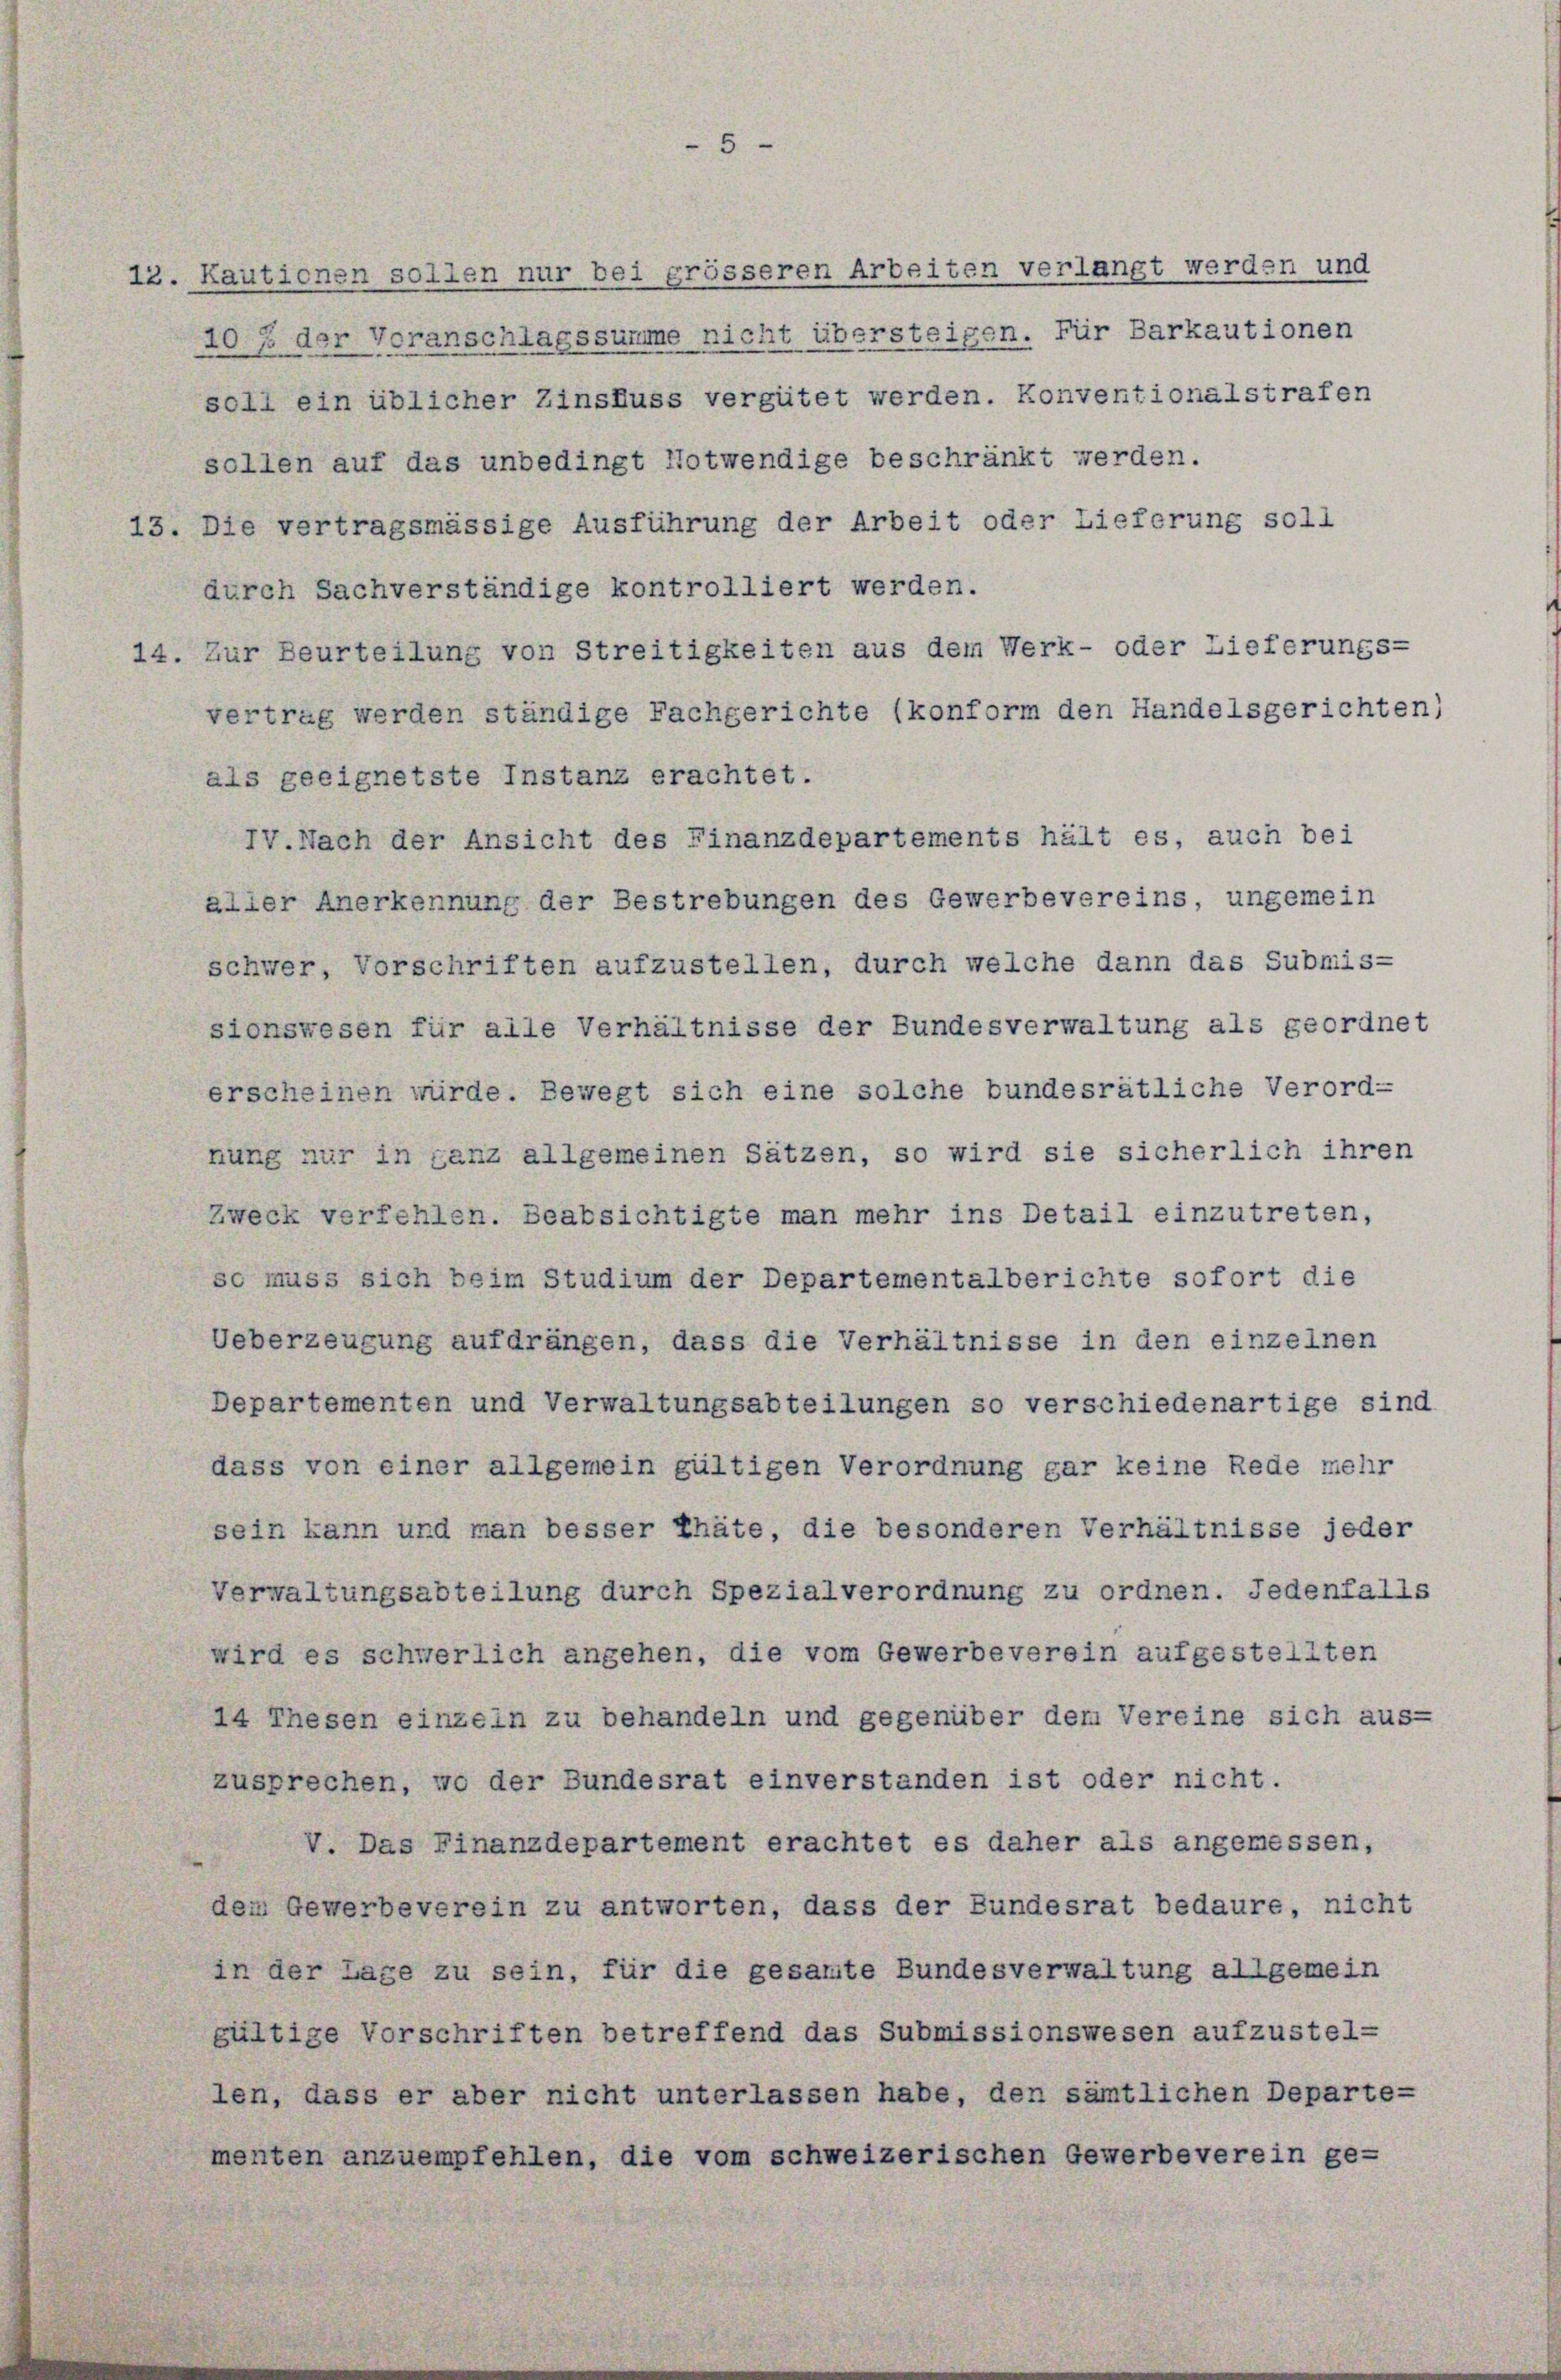
12. Kautionen sollen nur bei grösseren Arbeiten verlangt werden und

107 der Voranschlagssumme nicht übersteigen. Für Barkautionen
soll ein üblicher Zinsfuss vergütet werden. Konventionalstrafen
sollen auf das unbedingt Notwendige beschränkt werden.
13. Die vertragsmässige Ausführung der Arbeit oder Lieferung soll
durch Sachverständige kontrolliert werden.
14. Zur Beurteilung von Streitigkeiten aus dem Werk- oder Lieferungs-
vertrag werden ständige Fachgerichte (konform den Handelsgerichten)
als geeignetste Instanz erachtet.
IV.Nach der Ansicht des Finanzdepartements hält es, auch bei
aller Anerkennung der Bestrebungen des Gewerbevereins, ungemein
schwer, Vorschriften aufzustellen, durch welche dann das Submis-
sionswesen für alle Verhältnisse der Bundesverwaltung als geordnet
erscheinen würde. Bewegt sich eine solche bundesrätliche Verord-
nung nur in ganz allgemeinen Sätzen, so wird sie sicherlich ihren
Zweck verfehlen. Beabsichtigte man mehr ins Detail einzutreten,
so muss sich beim Studium der Departementalberichte sofort die
Ueberzeugung aufdrängen, dass die Verhältnisse in den einzelnen
Departementen und Verwaltungsabteilungen so verschiedenartige sind
dass von einer allgemein gültigen Verordnung gar keine Rede mehr
sein kann und man besser Thäte, die besonderen Verhältnisse jeder
Verwaltungsabteilung durch Spezialverordnung zu ordnen. Jedenfalls
wird es schwerlich angehen, die vom Gewerbeverein aufgestellten
14 Thesen einzeln zu behandeln und gegenüber dem Vereine sich aus-
zusprechen, wo der Bundesrat einverstanden ist oder nicht.
V. Das Finanzdepartement erachtet es daher als angemessen,
dem Gewerbeverein zu antworten, dass der Bundesrat bedaure, nicht
in der Lage zu sein, für die gesamte Bundesverwaltung allgemein
gültige Vorschriften betreffend das Submissionswesen aufzustel-
len, dass er aber nicht unterlassen habe, den sämtlichen Departe-
menten anzuempfehlen, die vom schweizerischen Gewerbeverein ge-